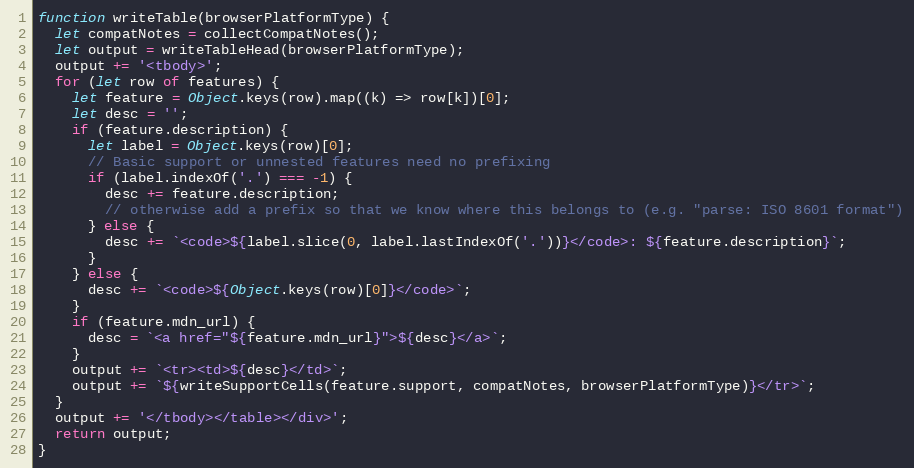
Language: JavaScript
function writeTable(browserPlatformType) {
  let compatNotes = collectCompatNotes();
  let output = writeTableHead(browserPlatformType);
  output += '<tbody>';
  for (let row of features) {
    let feature = Object.keys(row).map((k) => row[k])[0];
    let desc = '';
    if (feature.description) {
      let label = Object.keys(row)[0];
      // Basic support or unnested features need no prefixing
      if (label.indexOf('.') === -1) {
        desc += feature.description;
        // otherwise add a prefix so that we know where this belongs to (e.g. "parse: ISO 8601 format")
      } else {
        desc += `<code>${label.slice(0, label.lastIndexOf('.'))}</code>: ${feature.description}`;
      }
    } else {
      desc += `<code>${Object.keys(row)[0]}</code>`;
    }
    if (feature.mdn_url) {
      desc = `<a href="${feature.mdn_url}">${desc}</a>`;
    }
    output += `<tr><td>${desc}</td>`;
    output += `${writeSupportCells(feature.support, compatNotes, browserPlatformType)}</tr>`;
  }
  output += '</tbody></table></div>';
  return output;
}